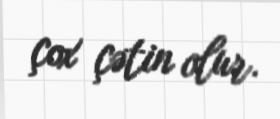
çox çətin olur.